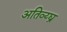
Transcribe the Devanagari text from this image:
अतिव्य्घ्र